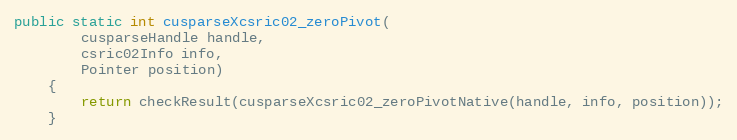
Language: Java
public static int cusparseXcsric02_zeroPivot(
        cusparseHandle handle,
        csric02Info info,
        Pointer position)
    {
        return checkResult(cusparseXcsric02_zeroPivotNative(handle, info, position));
    }